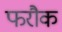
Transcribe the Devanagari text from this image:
फरौक